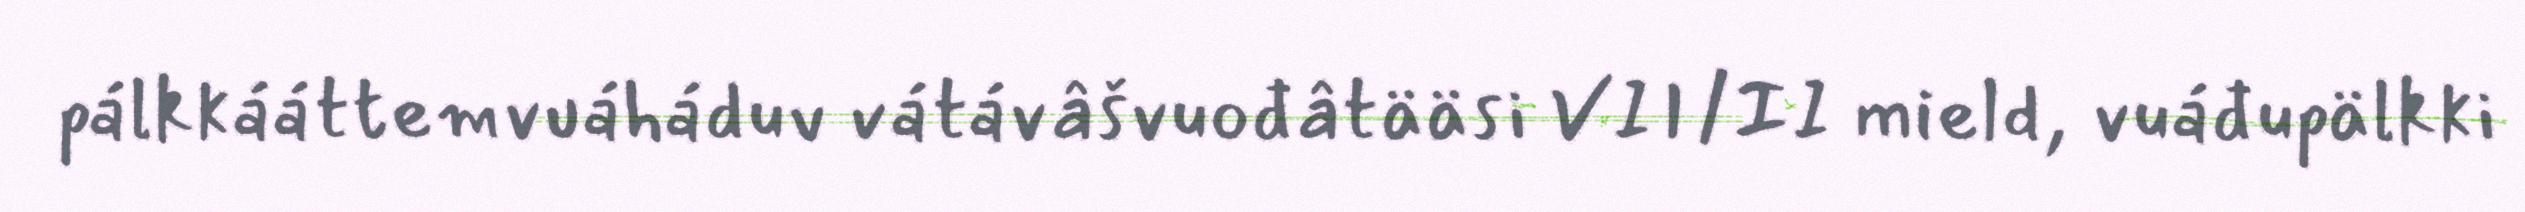
pálkkááttemvuáháduv vátávâšvuođâtääsi VII/II mield, vuáđupälkki